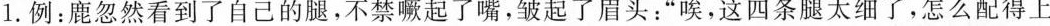
1.例：鹿忽然看到了自己的腿，不禁噘起了嘴，皱起了眉头：”唉，这四条腿太细了，怎么配得上